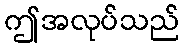
ဤအလုပ်သည်